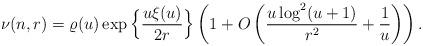
LaTeX: \begin{align*}\nu(n,r)=\varrho(u) \exp\Big\{\frac{u\xi(u)}{2r}\Big\}\left(1+O\left(\frac{u\log^2(u+1)}{r^2}+\frac{1}{u}\right)\right).\end{align*}